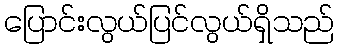
ပြောင်းလွယ်ပြင်လွယ်ရှိသည်